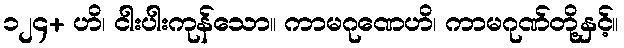
၁၂၄+ ဟိ၊ ငါးပါးကုန်သော။ ကာမဂုဏေဟိ၊ ကာမဂုဏ်တို့နှင့်။